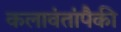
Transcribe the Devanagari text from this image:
कलावंतांपैकी